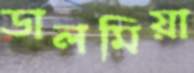
ডালমিয়া